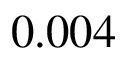
0 . 0 0 4